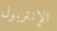
الإنتربول